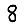
Digit: 8